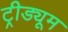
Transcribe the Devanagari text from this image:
ट्रीड्यूम